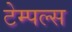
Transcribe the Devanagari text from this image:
टेम्पल्स